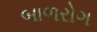
બાળરોગ